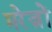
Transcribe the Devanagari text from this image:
मरेज़ों